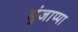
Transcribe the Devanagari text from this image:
मुंजाप्पा